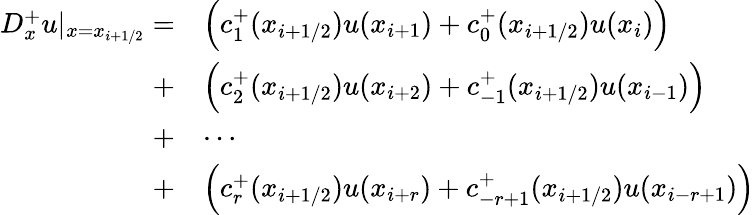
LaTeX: \begin{array}{rl}{D_{x}^{+}u|_{x=x_{i+1/2}}=}&{\Big(c_{1}^{+}(x_{i+1/2})u(x_{i+1})+c_{0}^{+}(x_{i+1/2})u(x_{i})\Big)}\\ {+}&{\Big(c_{2}^{+}(x_{i+1/2})u(x_{i+2})+c_{-1}^{+}(x_{i+1/2})u(x_{i-1})\Big)}\\ {+}&{\cdots}\\ {+}&{\Big(c_{r}^{+}(x_{i+1/2})u(x_{i+r})+c_{-r+1}^{+}(x_{i+1/2})u(x_{i-r+1})\Big)}\end{array}